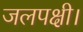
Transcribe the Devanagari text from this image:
जलपक्षी।